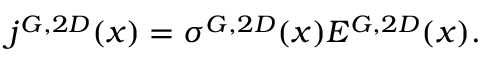
\begin{array} { r } { j ^ { G , 2 D } ( x ) = \sigma ^ { G , 2 D } ( x ) E ^ { G , 2 D } ( x ) . } \end{array}